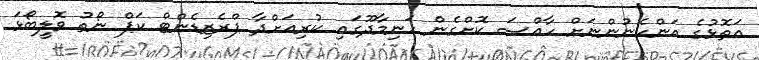
އަތޮޅުގެ އަންހެނުންނަށް ހާއްސަ ކޮށްގެން ހަނިމާދޫގައި ކުރިއަށްދާ ޕްރެޒިޑެންޓް ކަޕް ނޯތު ވޮލީބޯޅަ